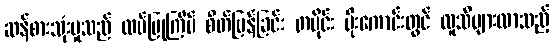
ဆန်စားသုံးမှုသည် ထပ်ပြုကြိမ် စိတ်မြန်ခြင်း တပိုင်း မိုးကောင်းတွင် လူသိများလာသည့်